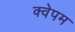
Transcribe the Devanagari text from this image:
क्वेपम